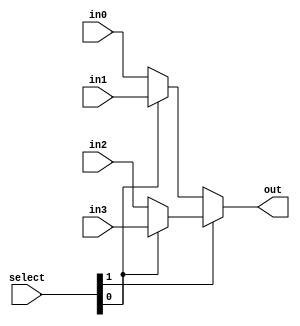
module mux_4_12b(out, select, in0, in1, in2, in3);

    input [1:0] select;
    input [11:0] in0, in1, in2, in3;
    output [11:0] out;
    wire [11:0] w1, w2;

    assign w1 = select[0] ? in1 : in0;
    assign w2 = select[0] ? in3 : in2;
    assign out = select[1] ? w2 : w1;

endmodule